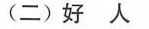
(二) 好人